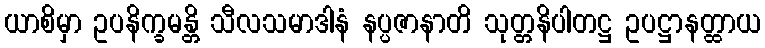
ယာစိမှာ ဥပနိက္ခမန္တိ သီလသမာဒါနံ နပ္ပဇာနာတိ သုတ္တနိပါတဋ္ဌ ဥပဋ္ဌာနတ္ထာယ